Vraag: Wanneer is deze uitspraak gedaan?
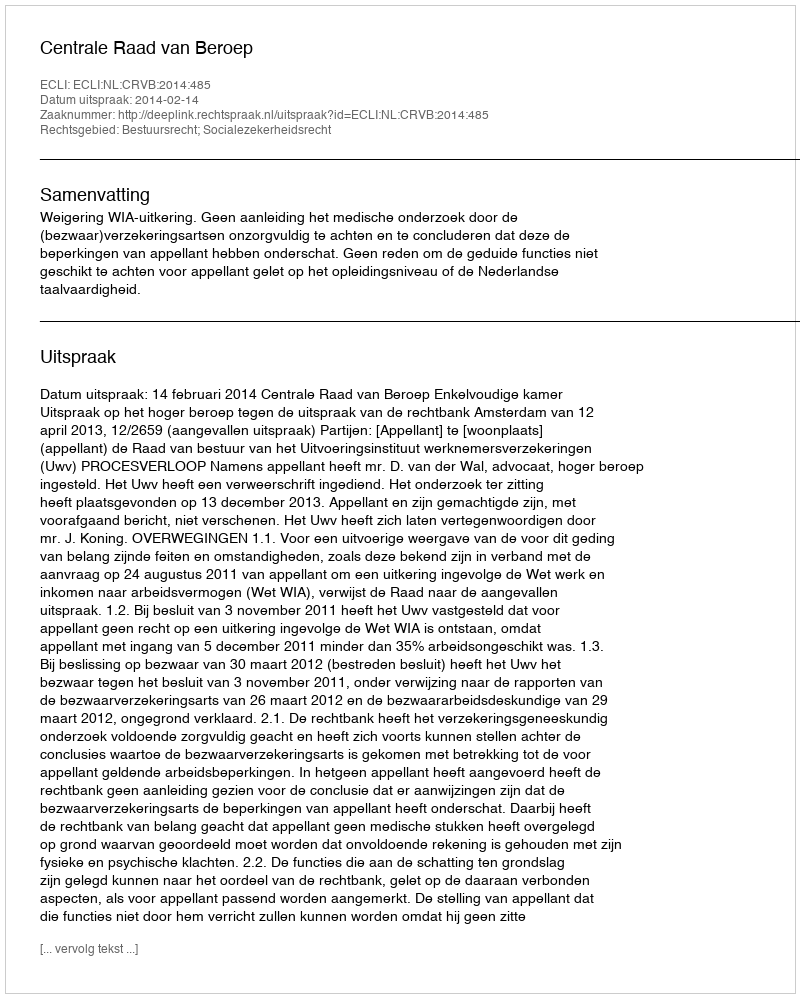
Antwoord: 2014-02-14